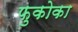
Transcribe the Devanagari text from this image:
फुकोका